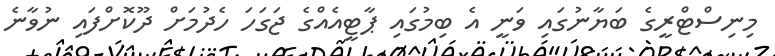
މިނިސްޓްރީގެ ބަޔާނުގައި ވަނީ އެ ބިމުގައި ޕާޓީއެއްގެ ޖަގަހަ ހެދުމަށް ދޫކޮށްފައި ނުވާނެ